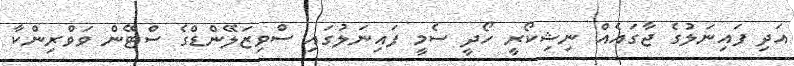
އަދި ފައިނަލުގެ ޖާގައެއް ނިޝިކޯރީ ހޯދީ ސެމީ ފައިނަލުގައި ސްވިޒަލޭންޑްގެ ސްޓޭން ވަވްރިންކާ